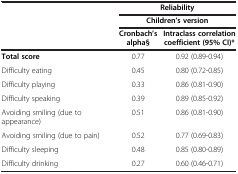
<table><thead><tr><td><b> </b></td><td colspan="2"><b>Reliability</b></td></tr><tr><td><b> </b></td><td colspan="2"><b>Children’s version</b></td></tr><tr><td><b> </b></td><td><b>Cronbach’s alpha§</b></td><td><b>Intraclass correlation coefficient (95% CI)*</b></td></tr></thead><tbody><tr><td><b>Total score</b></td><td>0.77</td><td>0.92 (0.89-0.94)</td></tr><tr><td>Difficulty eating</td><td>0.45</td><td>0.80 (0.72-0.85)</td></tr><tr><td>Difficulty playing</td><td>0.33</td><td>0.86 (0.81-0.90)</td></tr><tr><td>Difficulty speaking</td><td>0.39</td><td>0.89 (0.85-0.92)</td></tr><tr><td>Avoiding smiling (due to appearance)</td><td>0.51</td><td>0.86 (0.81-0.90)</td></tr><tr><td>Avoiding smiling (due to pain)</td><td>0.52</td><td>0.77 (0.69-0.83)</td></tr><tr><td>Difficulty sleeping</td><td>0.48</td><td>0.85 (0.80-0.89)</td></tr><tr><td>Difficulty drinking</td><td>0.27</td><td>0.60 (0.46-0.71)</td></tr></tbody></table>